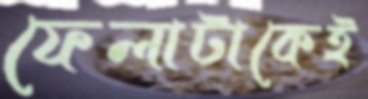
ফেলাটাকেই